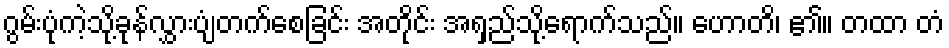
ဂွမ်းပုံကဲ့သို့ခုန်လွှားပျံတက်စေခြင်း အတိုင်း အရှည်သို့ရောက်သည်။ ဟောတိ၊ ၏။ တထာ တံ